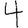
Digit: 4